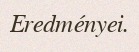
Eredményei.